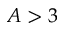
A > 3